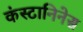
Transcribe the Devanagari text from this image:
कंस्टानिनेस